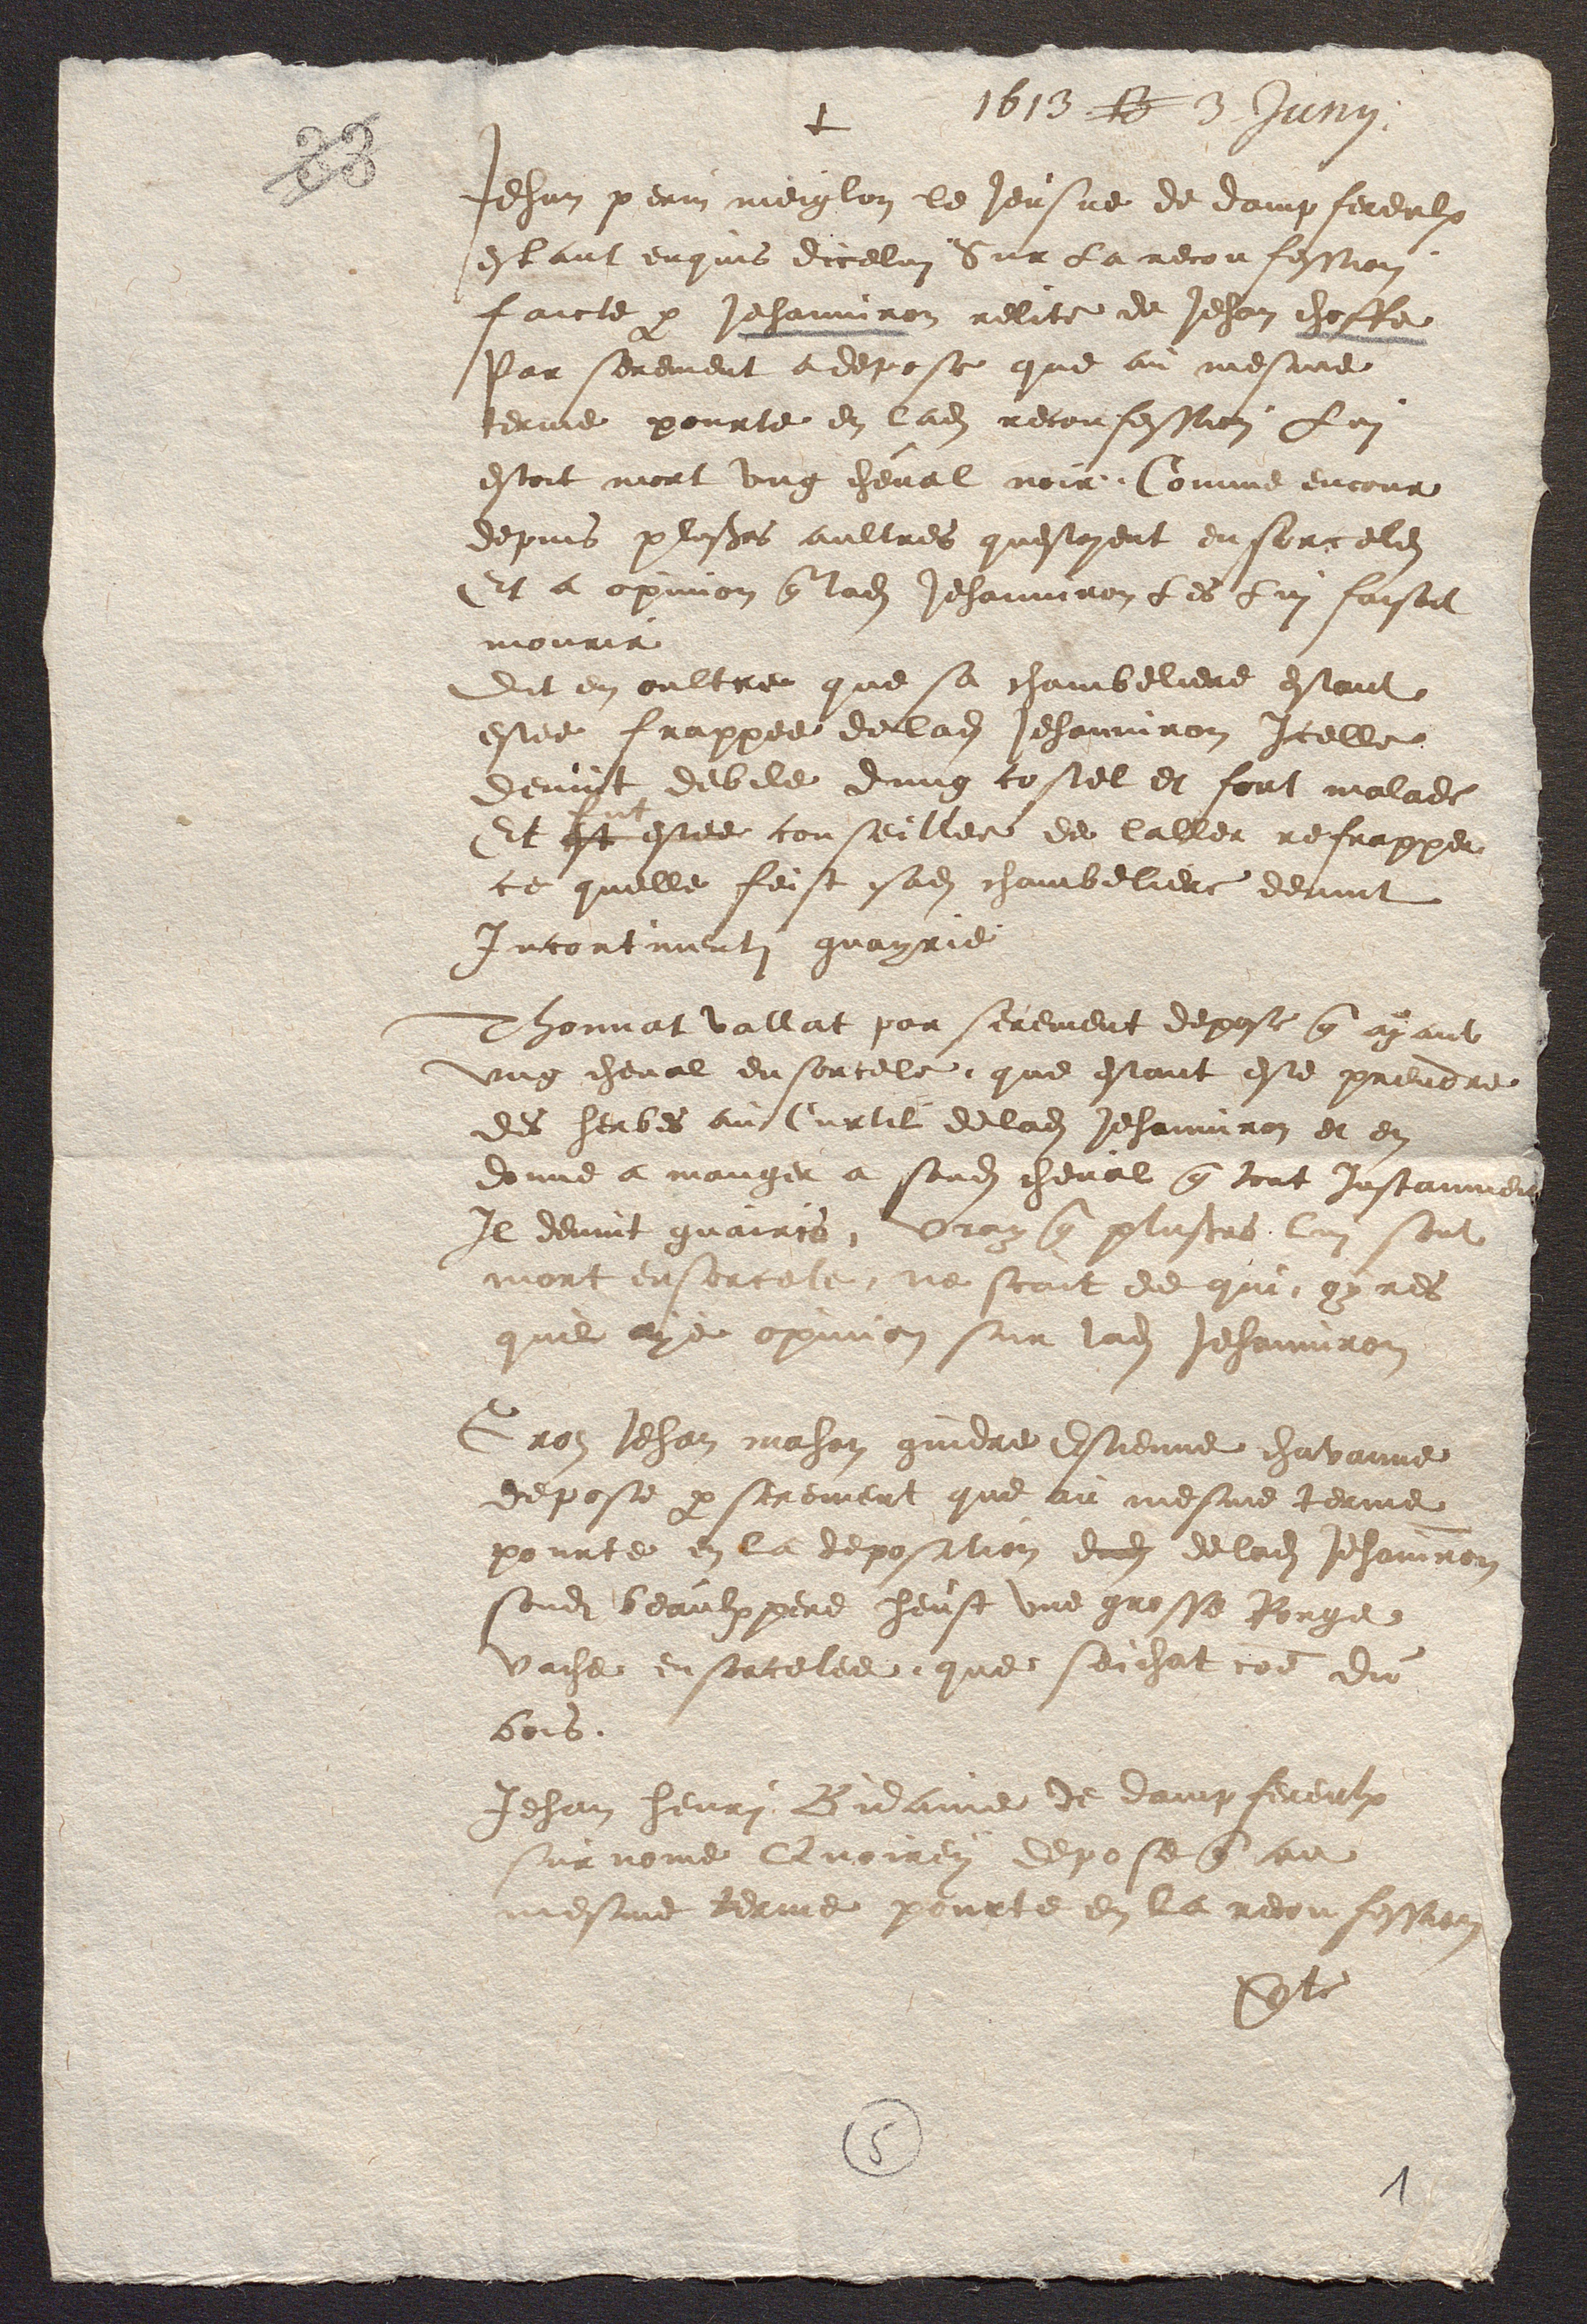
+
Jehan perin meiglon le Jeusne de dampfereulx
estant enquis dicelui Sur la reconfession
faicte p Jehanniron relite de Jehan choffe
Par serement a depose que au mesme
terme pource en lad reconfession Lui
estoit mort ung cheval noir.. Comme encour
depuis plusrs aultres questoyent ensorceles
Et a opinion q lad Jehanniron Les Lui faisoit
mourir
Dit en oultre que sa chembeliere estant
estee frappee de lad Jehanniron Icelle
devint debile dung costel et fort malade
Et est estee fut conseiller de laller refrapper
ce quelle feist sad chambeliere devint
Incontinenti guayrie
Thonnat vallat par serement depose q ayant
ung cheval ensorcele, que estant este prendre
des herbes au Curtil delad Jehanniron et en
donne a manger a sond cheval q tout Instanment
Il devint guairis, Vray q plusrs lui sont
mort ensorcele, ne scait de qui, oyres
quil aye opinion sur lad Jehanniron
Gros Jehan mahon gindre Estienne chavanne
depose p serement que au mesme terme
pourte en la deposition dud delad Jehaniron
sond beaulx pere heust une grosse Rouge
vache ensorcelee, que seichat coe du
bois.
Jehan henri Bidaine de dampfereulx
sur nome Quoirey depose q au
mesme terme pourte en la reconfession
vte